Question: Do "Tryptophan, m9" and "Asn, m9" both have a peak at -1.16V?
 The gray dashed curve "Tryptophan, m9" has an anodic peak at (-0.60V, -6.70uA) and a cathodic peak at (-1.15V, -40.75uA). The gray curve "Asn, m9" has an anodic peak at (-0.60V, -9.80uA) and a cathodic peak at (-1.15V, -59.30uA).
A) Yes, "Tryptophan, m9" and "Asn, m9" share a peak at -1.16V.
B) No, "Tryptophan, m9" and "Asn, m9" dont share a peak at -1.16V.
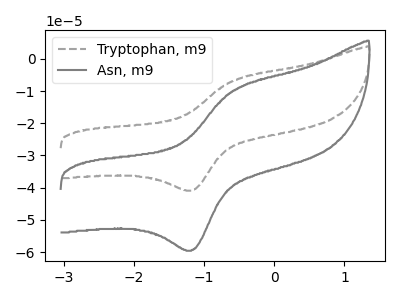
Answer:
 <answer>A) Yes, "Tryptophan, m9" and "Asn, m9" share a peak at -1.16V.</answer>
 <eval>A</eval>